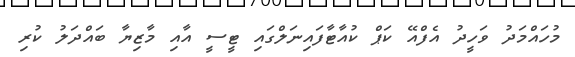
މުހައްމަދު ވަހީދު އެފްއޭ ކަޕް ކުއާޓާފައިނަލްގައި ޓީސީ އާއި މާޒިޔާ ބައްދަލު ކުރި